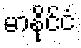
မာနိုင်ငံ